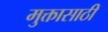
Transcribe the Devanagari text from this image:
मुक्तासाठी